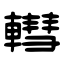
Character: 轊